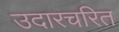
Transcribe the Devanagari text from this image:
उदारचरित